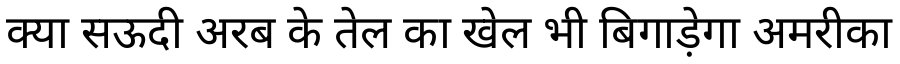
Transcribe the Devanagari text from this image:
क्या सऊदी अरब के तेल का खेल भी बिगाड़ेगा अमरीका